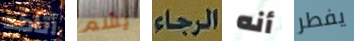
أتاكد يشم الرجاء أنه يفطر